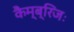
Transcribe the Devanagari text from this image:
कैम्ब्रिजः